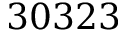
3 0 3 2 3